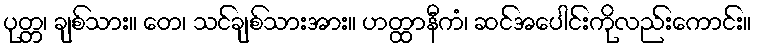
ပုတ္တ၊ ချစ်သား။ တေ၊ သင်ချစ်သားအား။ ဟတ္ထာနီကံ၊ ဆင်အပေါင်းကိုလည်းကောင်း။